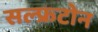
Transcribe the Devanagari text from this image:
सल्फ्रटोन